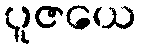
ပူဇယေ